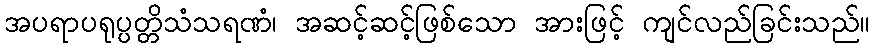
အပရာပရုပ္ပတ္တိသံသရဏံ၊ အဆင့်ဆင့်ဖြစ်သော အားဖြင့် ကျင်လည်ခြင်းသည်။